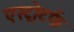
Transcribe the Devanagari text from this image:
एस्ट्रोटर्फ